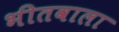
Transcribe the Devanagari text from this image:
भीतवाला